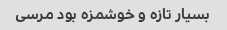
بسیار تازه و خوشمزه بود مرسی